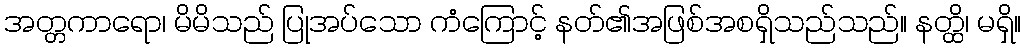
အတ္တကာရော၊ မိမိသည် ပြုအပ်သော ကံကြောင့် နတ်၏အဖြစ်အစရှိသည်သည်။ နတ္ထိ၊ မရှိ။